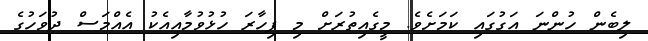
ލިބެން ހުންނަ އަގުގައި ކަމަށެވެ. މީގެއިތުރަށް މި ފިހާރަ ހުޅުވުމާއިއެކު އެއްމަސް ދުވަހުގެ